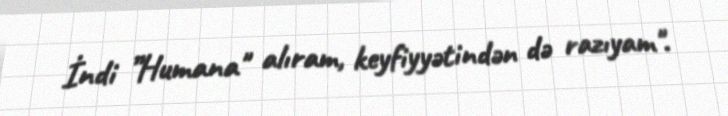
İndi ”Humana" alıram, keyfiyyətindən də razıyam".